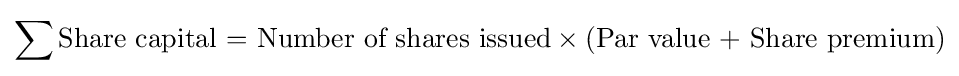
\sum {\text{Share capital = Number of shares issued}}\times {\text{(Par value + Share premium)}}